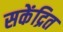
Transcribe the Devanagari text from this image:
सकेंद्रित